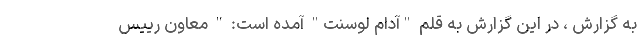
به گزارش ، در این گزارش به قلم "آدام لوسِنت" آمده است: " معاون رییس